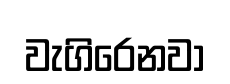
වැගිරෙනවා